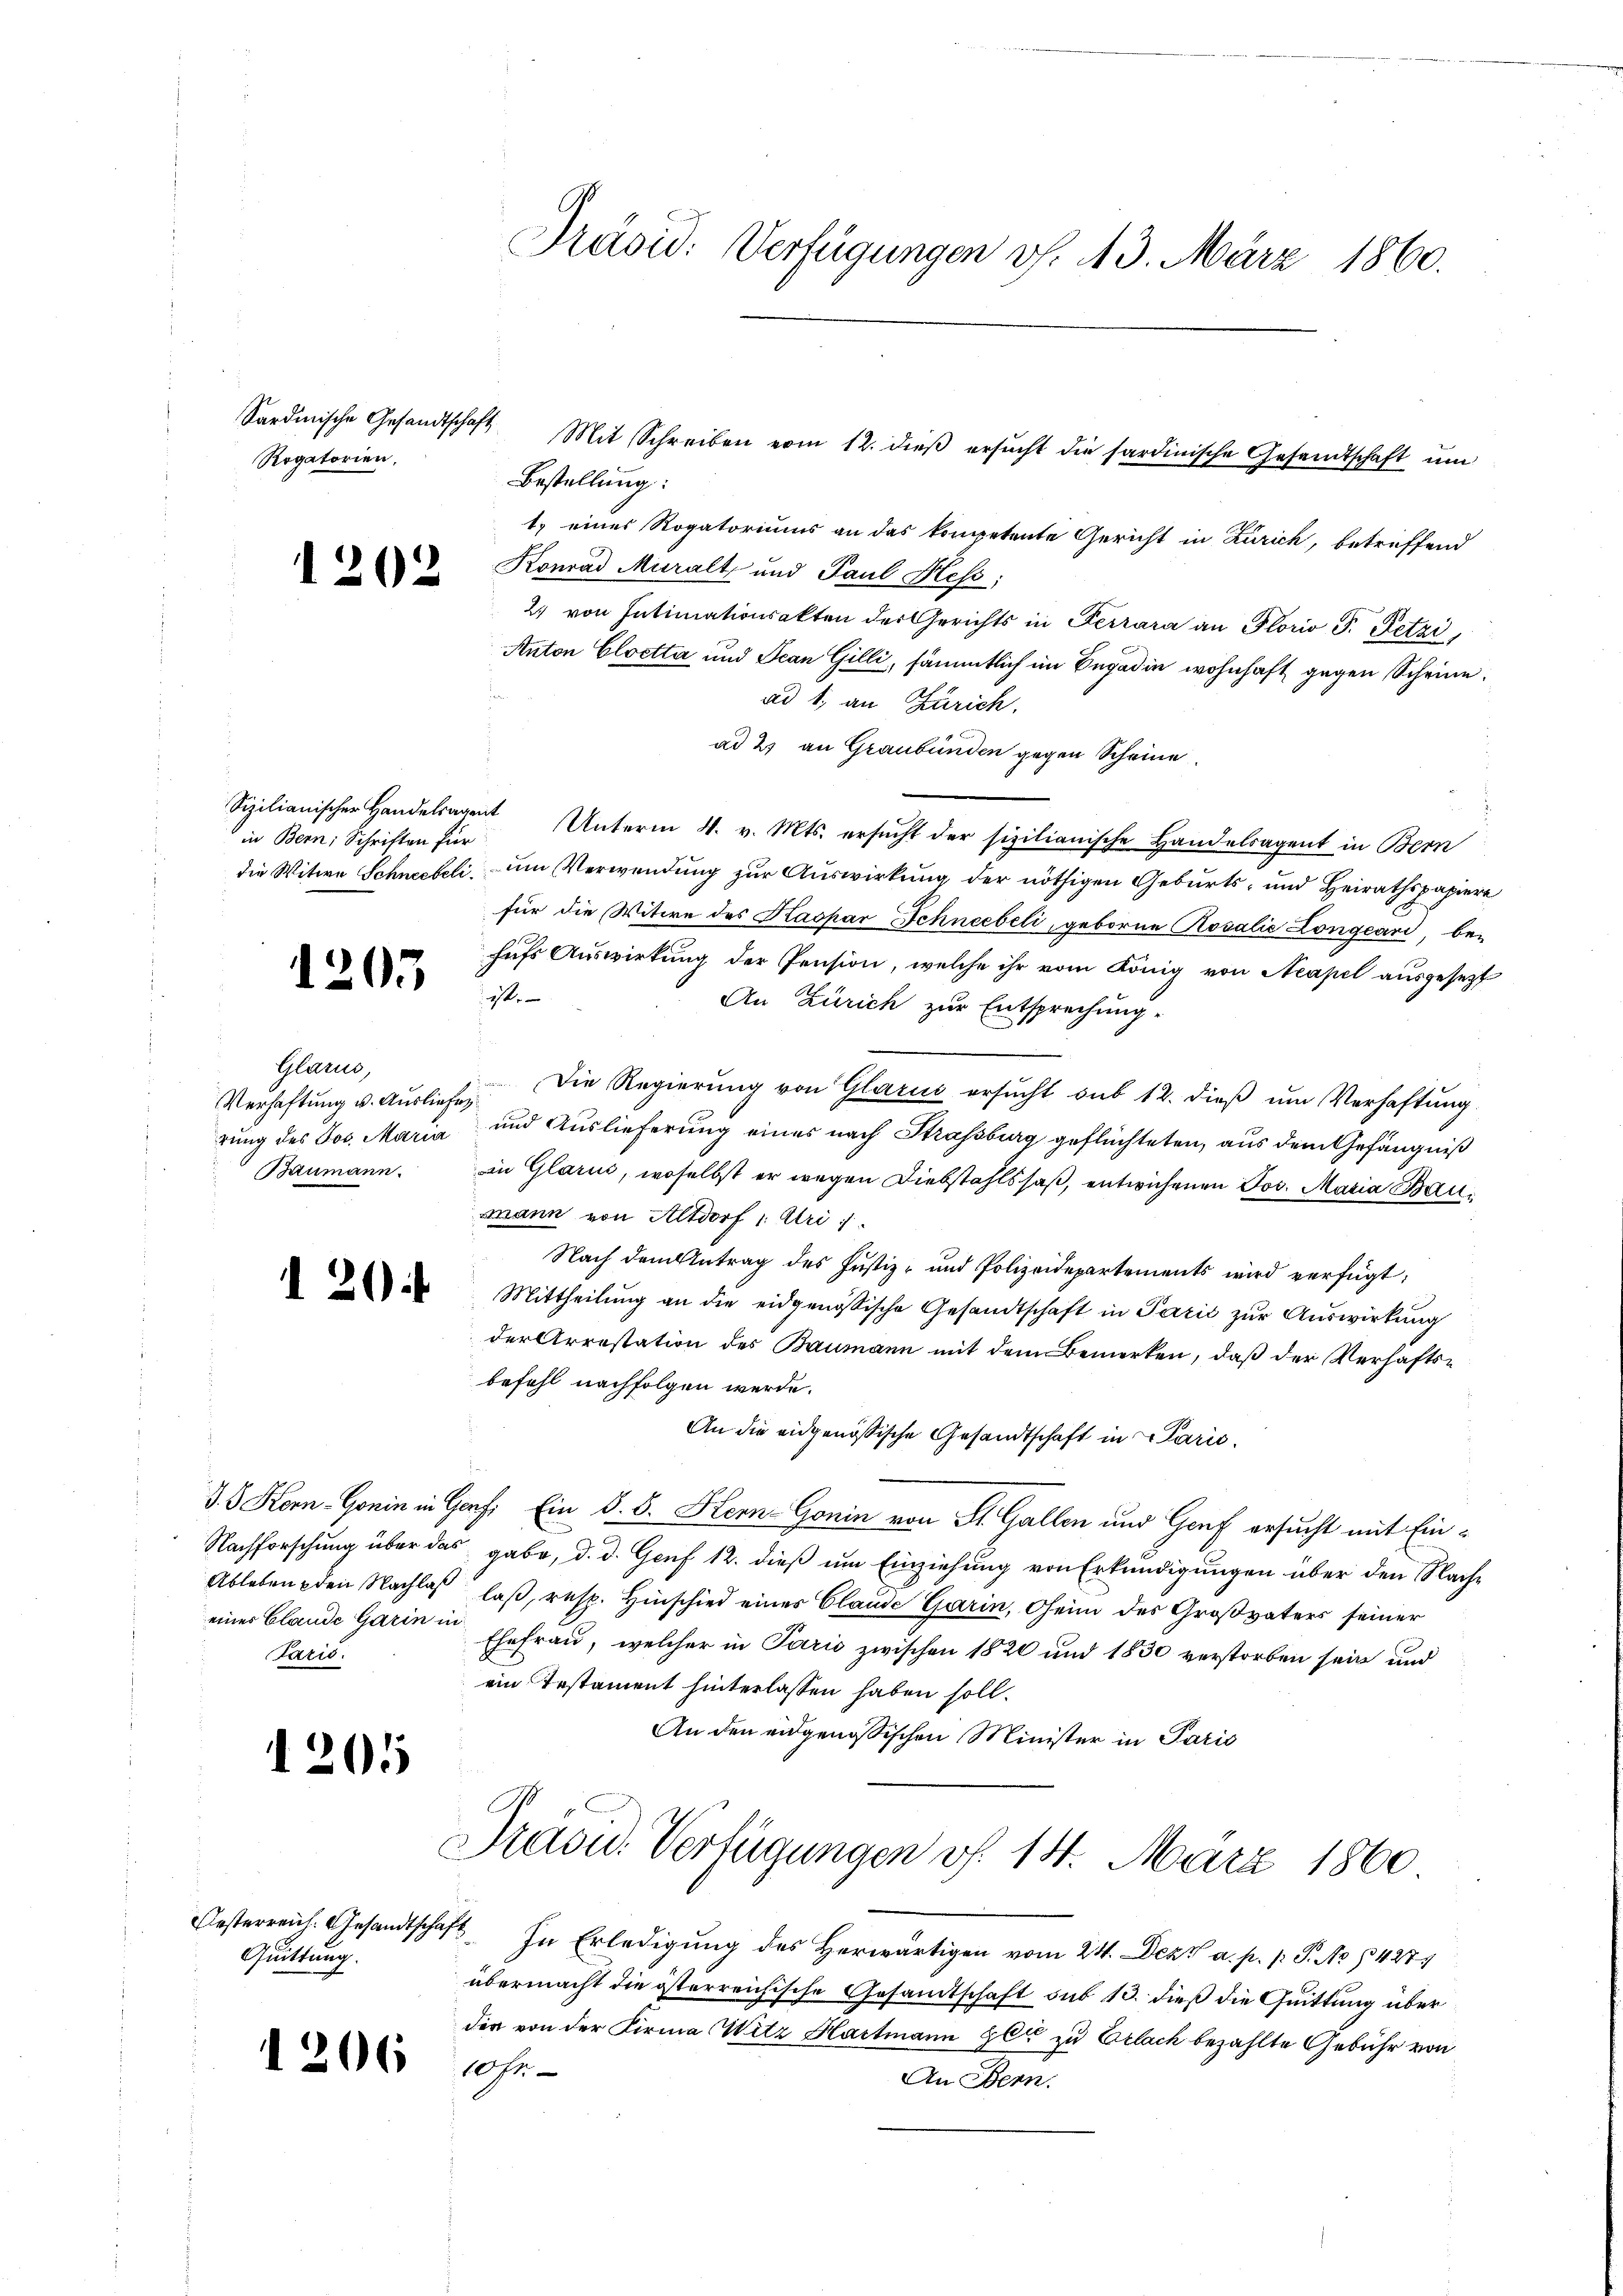
Rogatorien,

.

.

h

202

in Bern, Schriften für

205

Glarus,
Verhaftung u. Ausliefen.
Baumann.

eines Claude Garin in
Paris.

1201

Oesterreich. Gesandtsche
Quittung.

1206

Bestellung:
t) eines Rogatoriums an das kompetente Gericht in Zürich, betreffend
Konrad Muralt und Paul Hess;
2. von Intimationsakten der Gerichts in Ferrara an Glorio S. Petzi,
Anton Cloetta und Jean Gilli, sämmtlich im Begadin wohnhaft gegen Scheine.
ad 1, an Zürich,
ad 2, an Graubünden gegen Scheine
Sizilianischer Handelsagent Unterm 4. v. Mts. ersŭcht der sizilianische Handelsagent in Bern
die Witwe Schneebeli ŭm Verwendung zur Auswirkung der nöthigen Geburts- und Heirathspapiere
für die Witwe des Kaspar Schneebeli, geborne Rosalie Longeari, behufs Auswirkung der Pension, welche ihr vom König von Neapel ausgesezt
ist.
An Zürich zur Entsprechung
Die Regierung von Glarus ersucht sub 12. dieß um Verhaftung.
rung des Jos. Maria und Auslieferung eines nach Strassburg geflüchteten, aus dem Gefängniß
in Glarus, woselbst er wegen Diebstahlssaß, entwichenen Jos. Maria Baumann von Altdorf 1. Uri
Nach dem Antrag des Justiz- und Polizeidepartements wird verfügt:
 Mittheilŭng an die eidgenößische Gesandtschaft in Parzić zŭr Aŭswirkŭng
der Arrestation des Baumann mit dem Bemerken, daß der Verhafts-
befehl nachfolgen werde.
An die eidgenössische Gesandtschaft in Paricd. 6. Horn. Gonin in Genf, Ein §. 5. Stern Gonin von St. Gallen und Genf ersucht mit Ein¬
Nachforschung über das gabe, d. d. Genf 12. dieß um Einziehung von Erkundigungen über den Nach¬
Ableben den Nachlas las, resp. Hinschied eines Claude Garin, Oheim des Großvaters seiner
Ehefrau, welcher in Paris zwischen 1820 und 1830 verstorben sein und
ein Testament hinterlassen haben soll.
An den eidgenössischen Minister in Paris

Präsid. Verfügungen v. 43. März 1860.

Sardinische Gesandtschaft Mit Schreiben vom 12. dieβ ersŭcht die sardinische Gesandtschaft ŭm

Präsid. Verfügungen v. 14. März 1860

last. In Erledigung des Herwärtigen vom 24. Dez. a. p. p. P. Nr. 1427
übermacht die österreichische Gesamtschaft sub 13. dieß die Quittung über
der von der Firma Witz Hartmann gli zu Erlach bezahlte Gebühr von
10st
An Bern.